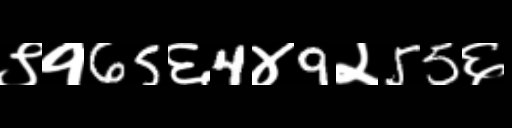
Text: ९१65६4४9२55६